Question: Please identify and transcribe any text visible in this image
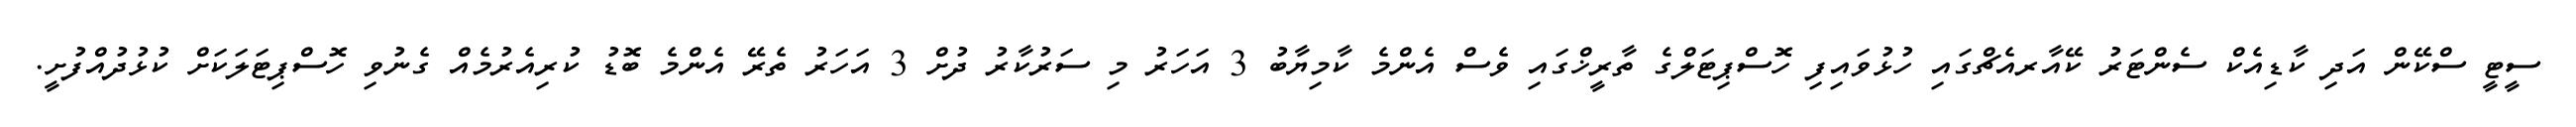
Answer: ސީޓީ ސްކޭން އަދި ކާޑިއެކް ސެންޓަރު ކޭއާރއެޗްގައި ހުޅުވައިފި ހޮސްޕިޓަލްގެ ތާރީޚްގައި ވެސް އެންމެ ކާމިޔާބު 3 އަހަރު މި ސަރުކާރު ދުށް 3 އަހަރު ތެރޭ އެންމެ ބޮޑު ކުރިއެރުމެއް ގެނުވި ހޮސްޕިޓަލަކަށް ކުޅުދުއްފުށީ.